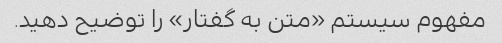
مفهوم سیستم «متن به گفتار» را توضیح دهید.